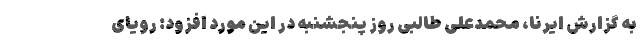
به گزارش ایرنا، محمدعلی طالبی روز پنجشنبه در این مورد افزود: رویای